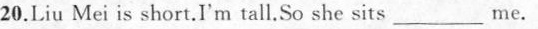
20.Liu Mei is short.I'm tall.So she sits_____me.